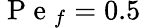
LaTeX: \mathrm{~P~e~}_{f}=0.5